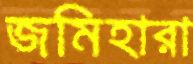
জমিহারা